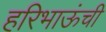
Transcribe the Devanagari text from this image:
हरिभाऊंची